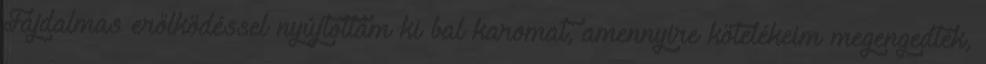
Fájdalmas erőlködéssel nyújtottam ki bal karomat, amennyire kötelékeim megengedték,